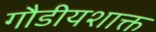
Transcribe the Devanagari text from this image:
गौडीयशाक्त